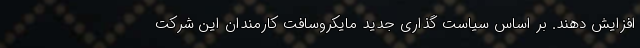
افزایش دهند. بر اساس سیاست گذاری جدید مایکروسافت کارمندان این شرکت